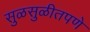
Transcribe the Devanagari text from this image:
सुळसुळीतपणे